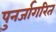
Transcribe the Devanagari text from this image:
पुनर्जागरित